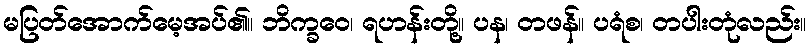
မပြတ်အောက်မေ့အပ်၏။ ဘိက္ခဝေ၊ ရဟန်းတို့။ ပန၊ တဖန်။ ပရံစ၊ တပါးတုံလည်း။